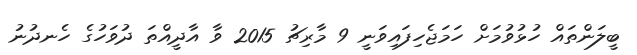
ބީލަންތައް ހުޅުވުމަށް ހަމަޖެހިފައިވަނީ 9 މާރިޗު 2015 ވާ އާދީއްތަ ދުވަހުގެ ހެނދުނު